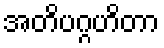
အတိပဂ္ဂဟိတာ